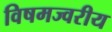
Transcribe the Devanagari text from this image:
विषमज्वरीय